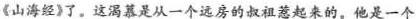
《山海经》了。这渴慕是从一个远房的叔祖惹起来的。他是一个